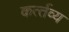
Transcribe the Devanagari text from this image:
कर्त्‍तव्‍य